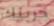
حريتك